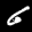
Label: 6